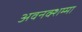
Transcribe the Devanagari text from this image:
अवनक्शम्मा